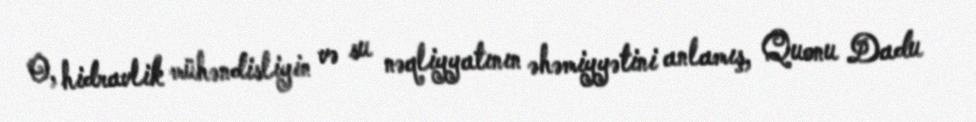
O, hidravlik mühəndisliyin və su nəqliyyatının əhəmiyyətini anlamış, Quonu Dadu